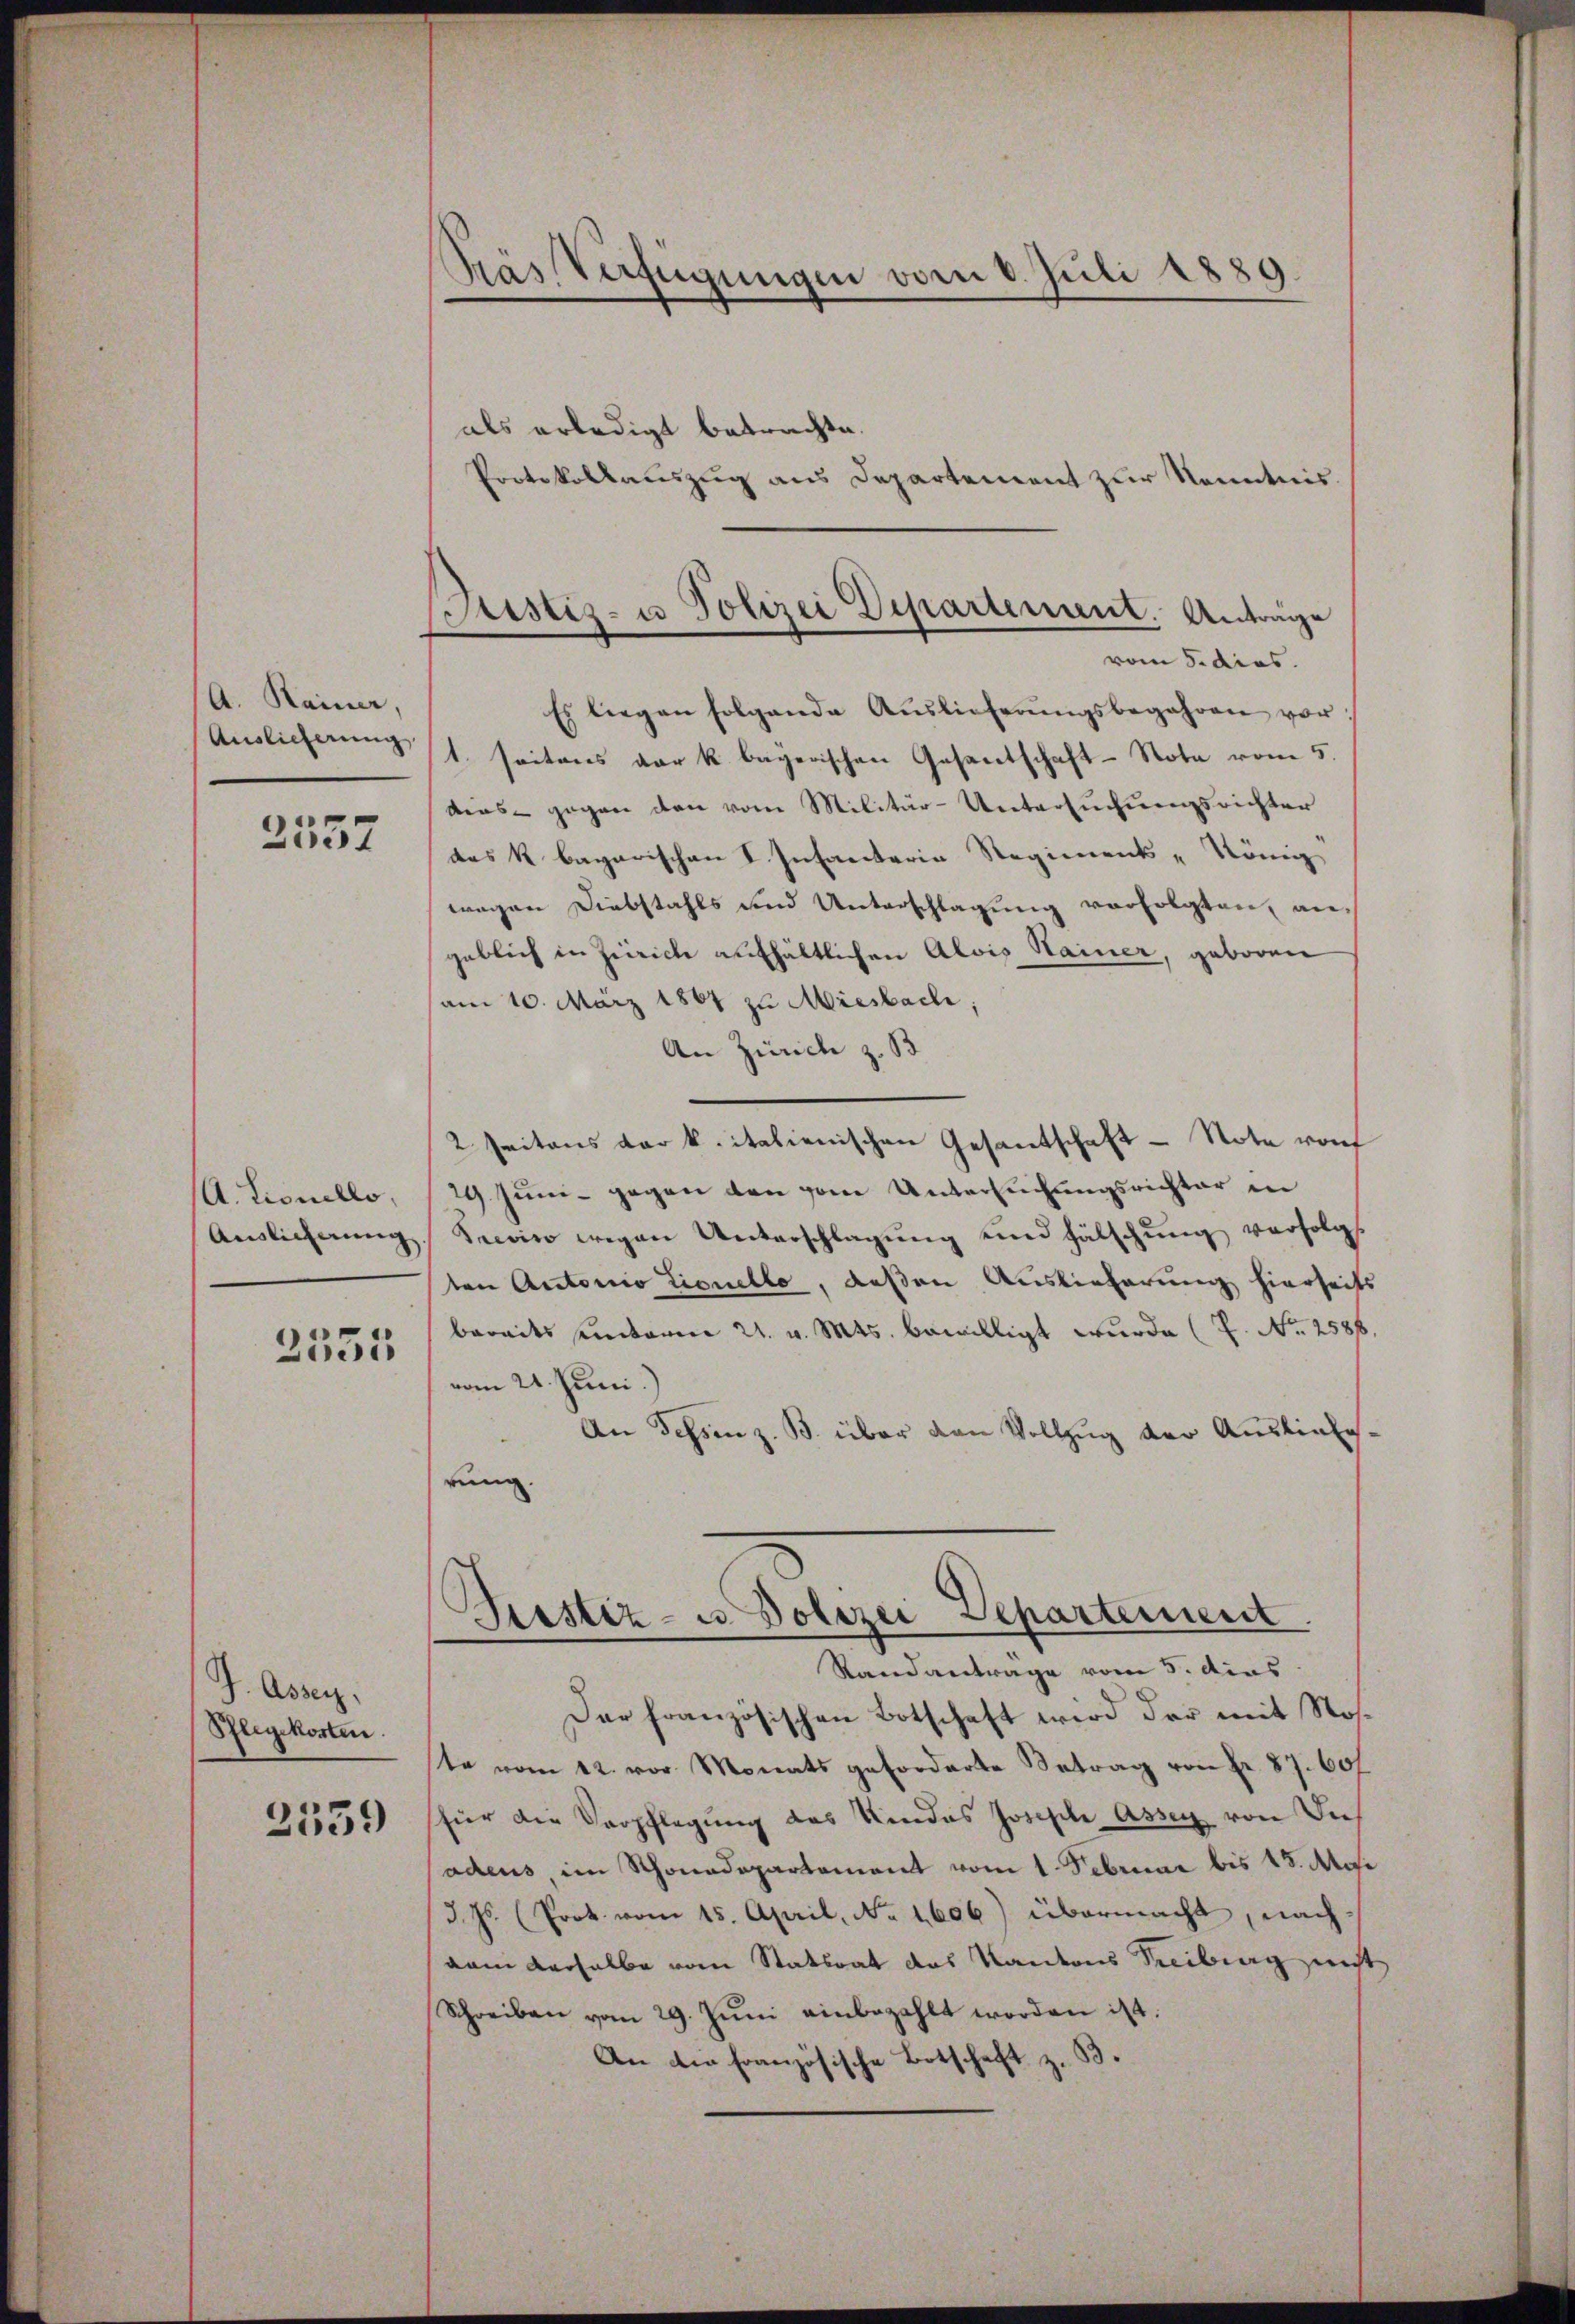
A. Rainer,
Auslieferung

2557

A. Lisuello,
Auslicherung

2535

d
J. Assen,
Pflegekosten.

2539

Pras Verfügungen vom 8. Juli 1889.

Justiz- u Polizei Departement. Anträge
vom 5. dies

als erledigt betrachte.
Protokollauszug aus Departement zur Kenntnis.
Es liegen folgende Auslieferŭngsbegehren vor:
1. seitens vor k. bayerischen Gesantschaft-Note vom 5.
tens gegen den vom Militär-Untersuchungsrichter
das k. bagarischen I. Infanteria Regiments König
wegen Diebstahls und Unterschlagung verfolgten, angeblich in Zürich aufhältlichen Alois Hainer, geboren
am 10. März 1861 zu Miesbach,
An Zürich z. B
2. Seitens der k. italienischen Gesantschaft - Note rof
29. Juni gegen den vom Untersuchungsrichter in
Secino wegen Unterschlagung und fälschung verfolgt
ten Antonio Lionello, deßen Auslieferung hierseits
bereits unterm 21. v. Mts. bewilligt wurde (P. Nr. 2588.
vom 21. Juni.
An Tessin z. B. über den Vollzug der Auslieferung.
Grestiz- u. Polizei Departement
Standantrage vom 5. das
Der französischen Botschaft wird der mit Roste vom 12. vor Monats geforderte Betrag von Fr. 87. 60f
sfür die Verpflegung des Kindes Joseph Assen von Dich
adeus im Schonadepartement vom 1. Februar bis 15. Mai
d. Js. (Prot. vom 15. April, No. 1606) übermacht, nachvam derselbe vom Statsrat des Kantons Treiburg nicht
Schreiben vom 29. Jŭni einbezahlt worden ist:
An die französische Botschaft z. B.